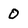
Character: 0